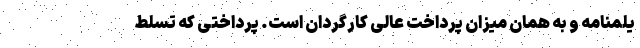
یلمنامه و به همان میزان پرداخت عالی کارگردان است. پرداختی که تسلط